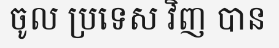
ចូល ប្រទេស វិញ បាន